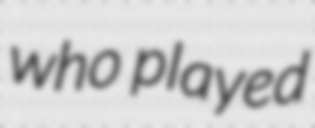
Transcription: who played